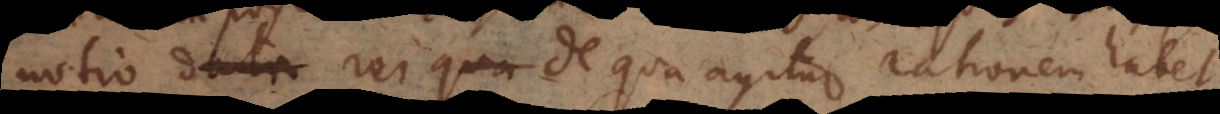
notio rei de qua agitur rationem habet